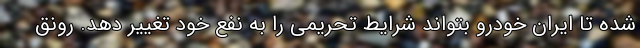
شده تا ایران خودرو بتواند شرایط تحریمی را به نفع خود تغییر دهد. رونق